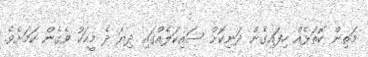
މަތިން ކޮތަޅެއް ހިފައިގެން ދަނިކޮށް ސައިކަލެއްގައި ދިޔަ ދެ މީހަކު ވެގެން ކަމަށެވެ.